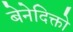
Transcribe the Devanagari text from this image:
बेनेदिक्तो